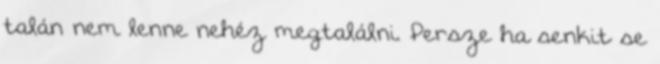
talán nem lenne nehéz megtalálni. Persze ha senkit se